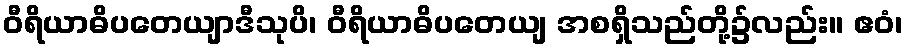
ဝီရိယာဓိပတေယျာဒီသုပိ၊ ဝီရိယာဓိပတေယျ အစရှိသည်တို့၌လည်း။ ဧဝံ၊